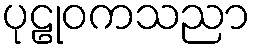
ပုဠုဝကသညာ